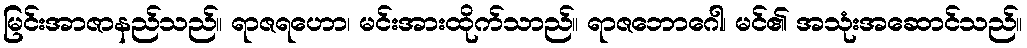
မြင်းအာဇာနည်သည်။ ရာဇရဟော၊ မင်းအားထိုက်သာည်။ ရာဇဘောဂေါ၊ မင်၏ အသုံးအဆောင်သည်။